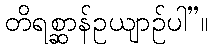
တိရစ္ဆာန်ဥယျာဉ်ပါ”။